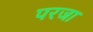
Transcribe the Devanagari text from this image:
परजा